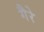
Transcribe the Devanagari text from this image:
गैरे